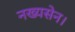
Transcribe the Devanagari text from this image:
नख्यसेन।